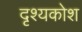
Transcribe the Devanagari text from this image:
दृश्यकोश